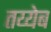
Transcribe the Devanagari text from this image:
तय्येब